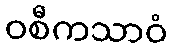
ဝစီကသာဝံ